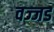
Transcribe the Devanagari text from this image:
वज्जड